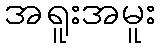
အရူးအမူး